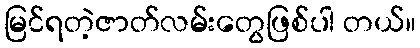
မြင်ရတဲ့ဇာတ်လမ်းတွေဖြစ်ပါ တယ်။